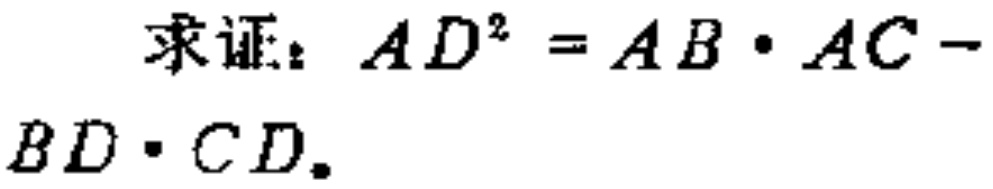
求证：\(AD^{2}=AB\cdot AC - BD\cdot CD\)。